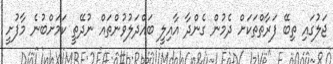
ޖަލުގައި ތިބޭ ފަރާތްތަކަށް ދެމުން ގެންދާ އާއިލީ ބައްދަލުވުންތައް ނުދޭތީ ކަމަށްބުނެ މާފުށީ